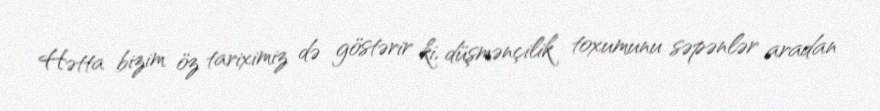
Hətta bizim öz tariximiz də göstərir ki, düşmənçilik toxumunu səpənlər aradan